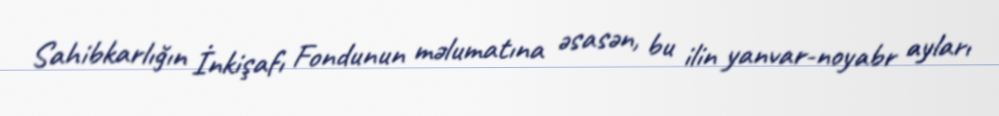
Sahibkarlığın İnkişafı Fondunun məlumatına əsasən, bu ilin yanvar-noyabr ayları